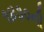
૧૪૩૦ની